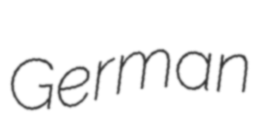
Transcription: German